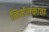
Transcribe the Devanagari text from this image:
निर्मलकाचा